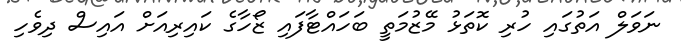
ނަވަލް އަތުގައި ހުރި ކޮތަޅު މޭޒުމަތީ ބަހައްޓާފައި ޒޯހާގެ ކައިރިއަށް އައިސް ދިވެހި